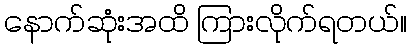
နောက်ဆုံးအထိ ကြားလိုက်ရတယ်။